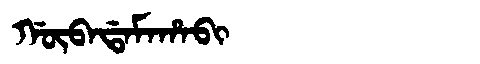
Manchu: ᡤᡡᠪᠠᡩᠠᠮᠠᡥᠠᠪᡳ
Romanization: GŪBADAMAHABI